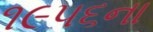
૧૯૫૬ના